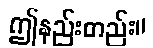
ဤနည်းတည်း။